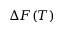
\Delta F ( T )